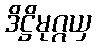
ဒိဋ္ဌိမုဂ္ဂယှ